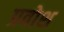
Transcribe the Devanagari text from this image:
प्रवोश